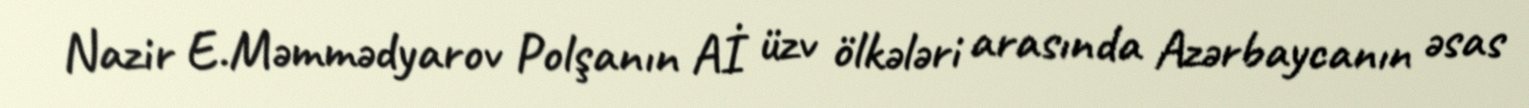
Nazir E.Məmmədyarov Polşanın Aİ üzv ölkələri arasında Azərbaycanın əsas